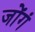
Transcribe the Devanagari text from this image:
जोंगं